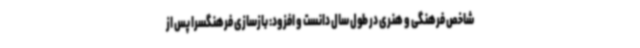
شاخص فرهنگی و هنری در طول سال دانست و افزود: بازسازی فرهنگسرا پس از